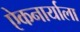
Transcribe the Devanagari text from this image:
एेकनार्याला